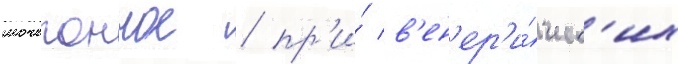
мочегонное / пр'и́ в'ен'ер'и́ческ'их